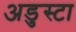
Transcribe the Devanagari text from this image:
अडुस्टा